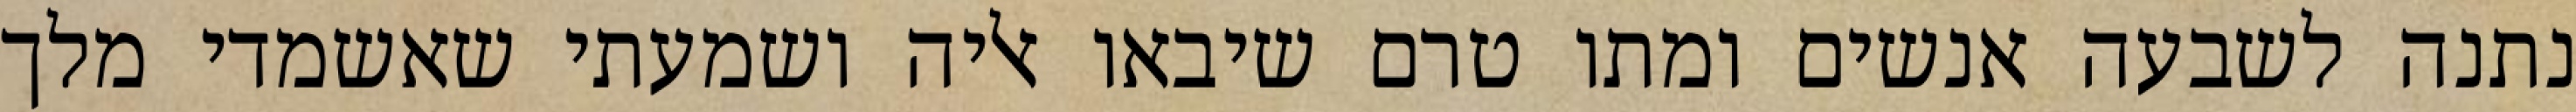
נתנה לשבעה אנשים ומתו טרם שיבאו אליה ושמעתי שאשמדי מלך